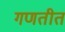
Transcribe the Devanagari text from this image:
गणतीत